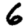
Digit: 6